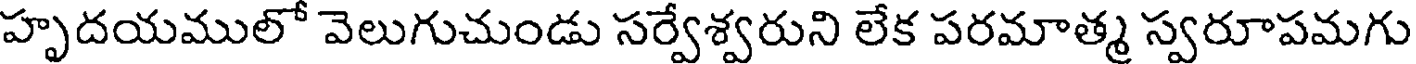
హృదయములో వెలుగుచుండు సర్వేశ్వరుని లేక పరమాత్మ స్వరూపమగు